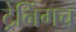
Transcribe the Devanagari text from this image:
ट्रेनिंगच